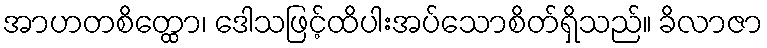
အာဟတစိတ္ထော၊ ဒေါသဖြင့်ထိပါးအပ်သောစိတ်ရှိသည်။ ခိလာဇာ